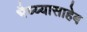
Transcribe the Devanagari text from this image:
भैय्य्यासाहेब